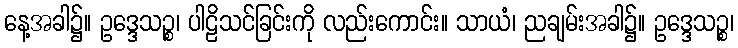
နေ့အခါ၌။ ဥဒ္ဒေသဉ္စ၊ ပါဠိသင်ခြင်းကို လည်းကောင်း။ သာယံ၊ ညချမ်းအခါ၌။ ဥဒ္ဒေသဉ္စ၊